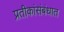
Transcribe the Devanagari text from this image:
प्रतीकांसंबंधात